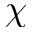
\chi